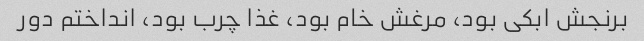
برنجش ابکی بود، مرغش خام بود، غذا چرب بود، انداختم دور